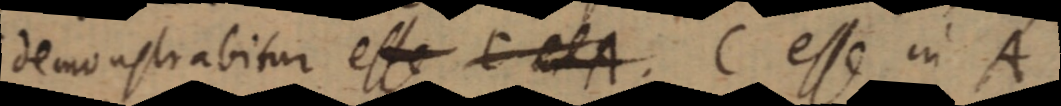
demonstrabitur esse C et A. C esse in A